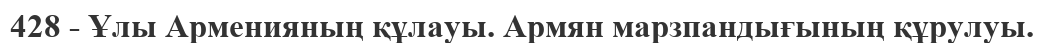
428 - Ұлы Арменияның құлауы. Армян марзпандығының құрулуы.